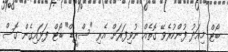
ބޯޓް މިއަދު ފުންކުރެވޭ ގޮތެއް ނުވިފަރަށް އެރި "ސްޕީޑް" ބޯޓް ފަޅައިގެން ގޮސް